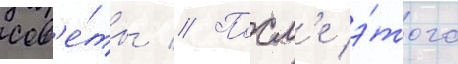
сов'е́ты // Посл'е э́того